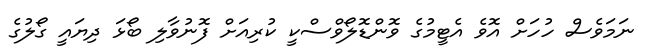
ނަމަވެސް ހުހަށް އޮވެ އެޓީމުގެ ވޮންޑޮލޯވްސްކީ ކުރިއަށް ފޮނުވާލި ބޯޅަ ދިޔައީ ގޯލުގެ